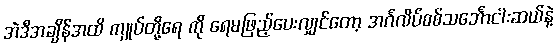
အဲဒီအချိန်အထိ ကျုပ်တို့ရေ ကို ရေမဖြည့်ပေးလျှင်တော့ အင်္ဂလိပ်စစ်သင်္ဘောငါးဆယ်နဲ့